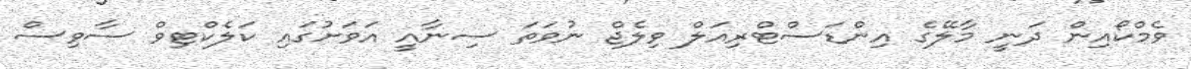
ވެމްކޯއިން ދަނީ މާލޭގެ އިންޑަސްޓްރިއަލް ވިލެޖް ނުވަތަ ސިނާއީ އަވަށުގައި ކަލެކްޓިވް ސާވިސް